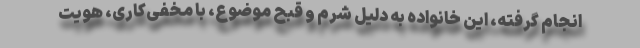
انجام گرفته، این خانواده به دلیل شرم و قبح موضوع، با مخفی‌کاری، هویت